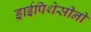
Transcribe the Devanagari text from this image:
ड्राईपिथेसीनी